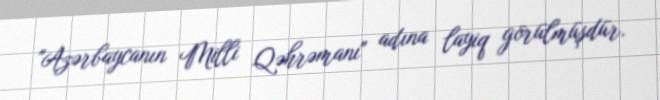
"Azərbaycanın Milli Qəhrəmanı" adına layiq görülmüşdür.